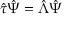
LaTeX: \hat { \tau } \hat { \Psi } = \hat { \Lambda } \hat { \Psi }